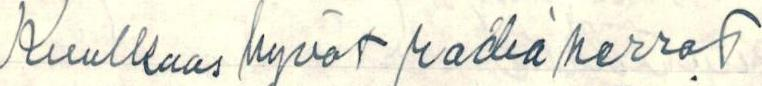
Kuulkaas hyvät radio herrat